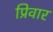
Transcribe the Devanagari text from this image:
प्रिवार